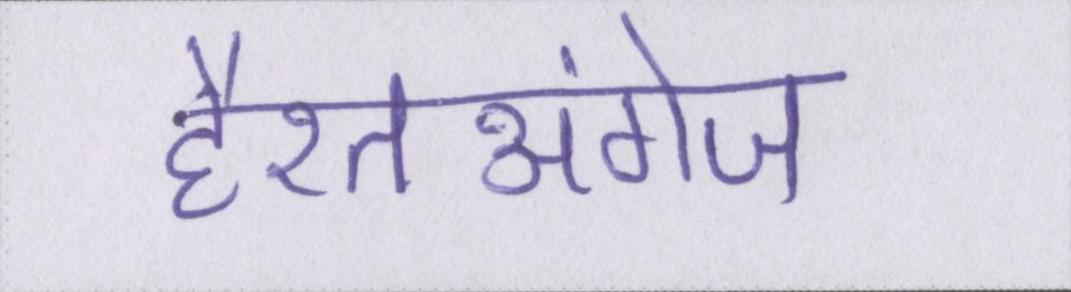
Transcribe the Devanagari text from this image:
हैरतअंगेज